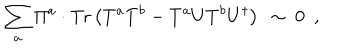
\sum _ { a } \Pi ^ { a } \cdot \mathrm { T r } \left( T ^ { a } T ^ { b } - T ^ { a } U T ^ { b } U ^ { \dagger } \right) ~ \sim ~ 0 ~ ~ ,